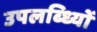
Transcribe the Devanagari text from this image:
उपलब्ध्यिों